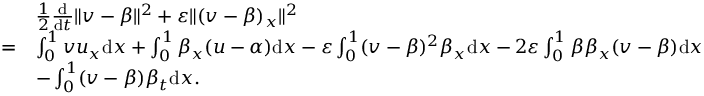
\begin{array} { r l } & { \frac 1 2 \frac { \mathrm { d } } { \mathrm { d } t } \| v - \beta \| ^ { 2 } + \varepsilon \| ( v - \beta ) _ { x } \| ^ { 2 } } \\ { = } & { \int _ { 0 } ^ { 1 } v u _ { x } \mathrm { d } x + \int _ { 0 } ^ { 1 } \beta _ { x } ( u - \alpha ) \mathrm { d } x - \varepsilon \int _ { 0 } ^ { 1 } ( v - \beta ) ^ { 2 } \beta _ { x } \mathrm { d } x - 2 \varepsilon \int _ { 0 } ^ { 1 } \beta \beta _ { x } ( v - \beta ) \mathrm { d } x } \\ & { - \int _ { 0 } ^ { 1 } ( v - \beta ) \beta _ { t } \mathrm { d } x . } \end{array}